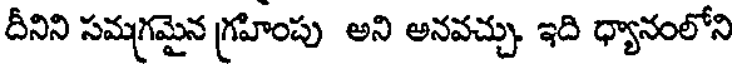
దీనిని సమగ్రమైన గ్రహింపు అని అనవచ్చు. ఇది ధ్యానంలోని